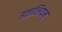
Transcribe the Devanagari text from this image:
इतालियम्